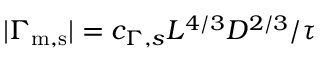
| \Gamma _ { \mathrm { m , s } } | = c _ { \Gamma , s } L ^ { 4 / 3 } D ^ { 2 / 3 } / \tau